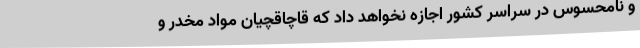
و نامحسوس در سراسر کشور اجازه نخواهد داد که قاچاقچیان مواد مخدر و